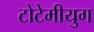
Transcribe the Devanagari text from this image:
टोटेमीयुग